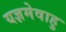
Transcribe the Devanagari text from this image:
यज्ञमेवाहु